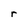
Character: r